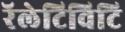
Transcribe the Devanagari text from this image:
रॅलेटिविटि